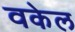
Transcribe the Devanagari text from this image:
वकेल